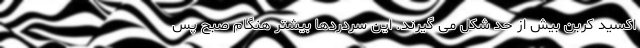
اکسید کربن بیش از حد شکل می گیرند. این سردردها بیشتر هنگام صبح پس